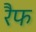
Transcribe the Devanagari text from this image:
रैफ